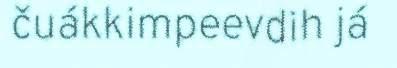
čuákkimpeevdih já